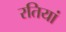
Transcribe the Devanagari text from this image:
रतियां